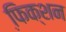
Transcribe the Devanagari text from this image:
फि़क्शन